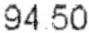
94.50